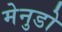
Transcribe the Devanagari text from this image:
मेनुडो